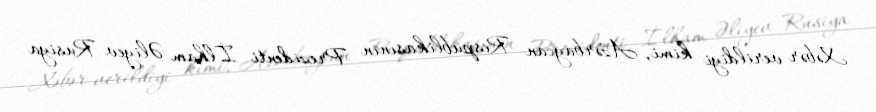
Xəbər verildiyi kimi, Azərbaycan Respublikasının Prezidenti İlham Əliyev Rusiya